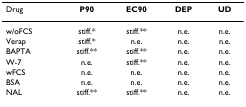
<table><thead><tr><td><b>Drug</b></td><td><b>P90</b></td><td><b>EC90</b></td><td><b>DEP</b></td><td><b>UD</b></td></tr></thead><tbody><tr><td>w/oFCS</td><td>stiff.*</td><td>stiff.**</td><td>n.e.</td><td>n.e.</td></tr><tr><td>Verap</td><td>stiff.*</td><td>n.e.</td><td>n.e.</td><td>n.e.</td></tr><tr><td>BAPTA</td><td>stiff.**</td><td>stiff.**</td><td>n.e.</td><td>n.e.</td></tr><tr><td>W-7</td><td>n.e.</td><td>stiff.**</td><td>n.e.</td><td>n.e.</td></tr><tr><td>wFCS</td><td>n.e.</td><td>n.e.</td><td>n.e.</td><td>n.e.</td></tr><tr><td>BSA</td><td>n.e.</td><td>n.e.</td><td>n.e.</td><td>n.e.</td></tr><tr><td>NAL</td><td>stiff.**</td><td>stiff.**</td><td>n.e.</td><td>n.e.</td></tr></tbody></table>